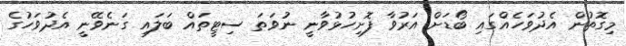
މިގޮތުން އެދުވަހެއްގައި ބޯޑަށް އަރުވާ ފޮށިހުޅުވާނީ ނުވަތަ ސިޓީތައް ބަލައި ގަނެވޭނީ އެދުވަހުގެ